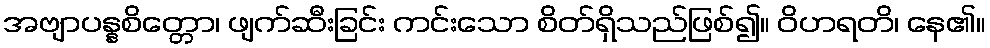
အဗျာပန္နစိတ္တော၊ ဖျက်ဆီးခြင်း ကင်းသော စိတ်ရှိသည်ဖြစ်၍။ ဝိဟရတိ၊ နေ၏။